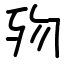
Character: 歾